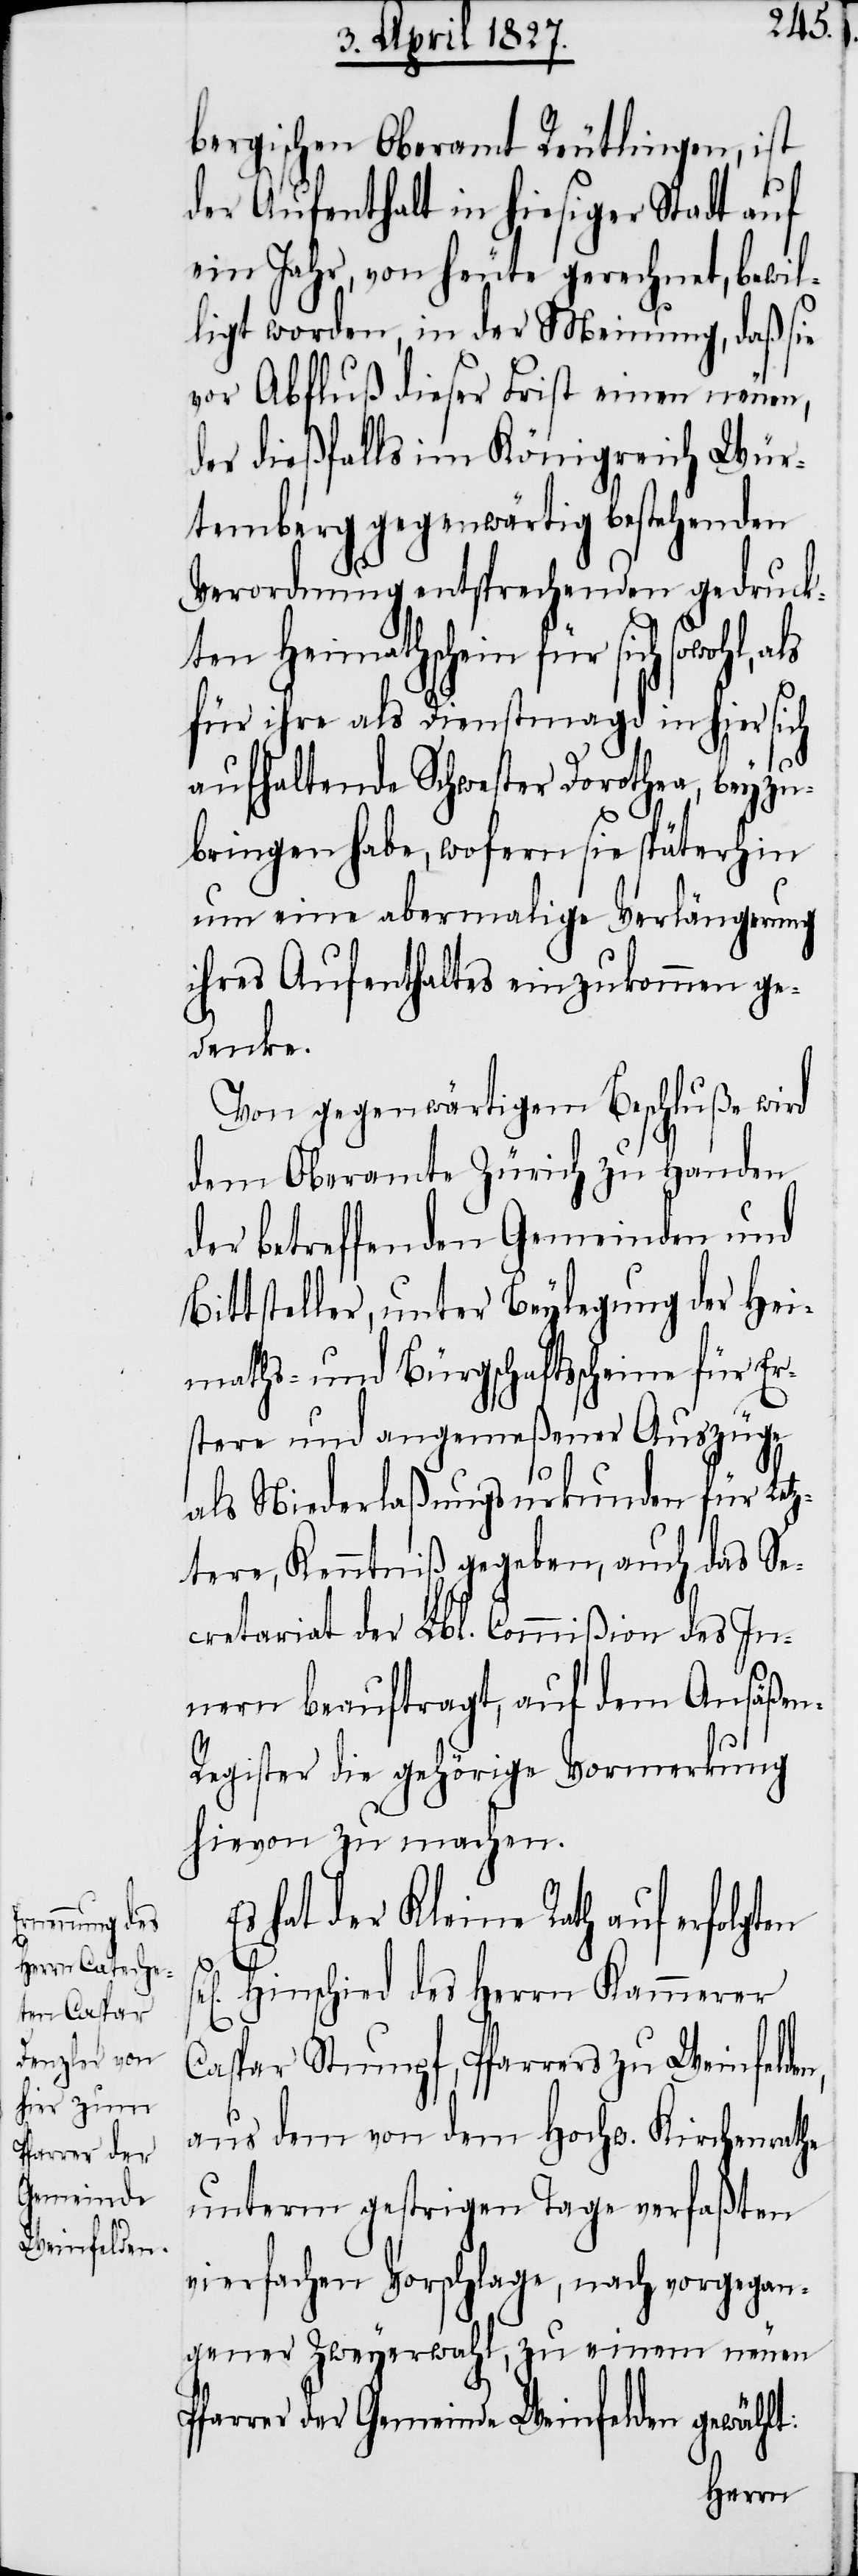
n,
bergischen Oberamt Reutlingen, ist
der Aufenthalt in hiesiger Stadt auf
ein Jahr, von heute gerechnet, bewil¬
ligt worden, in der Meinung, daß sie
vor Abfluß dieser Frist einen neuen,
der dießfalls im Königreich Wür¬
temberg gegenwärtig bestehenden
Verordnung entsprechenden gedruck¬
ten Heimathschein für sich sowohl,
für ihre als Dienstmagd in hier sich
aufhaltende Schwester Dorothea, beyzu¬
bringen habe, wofern sie späterhin
um eine abermalige Verlängerung
ihres Aufenthaltes einzukommen ge¬
denke.
Von gegenwärtigem Beschluße wird
dem Oberamte Zürich zu Handen
der betreffenden Gemeinden und
Bittsteller, unter Beylegung der Hei¬
maths- und Bürgschaftsscheine für Er¬
stere und angemeßener Auszüge
als Niederlaßungsurkunden für Let¬
zere, Kenntniß gegeben, auch das Se¬
cretariat der Lbl. Commißion des In¬
nern beauftragt, auf dem Ansäße¬
n-Register die gehörige Vormerkung
hievon zu machen.
hat der Kleine Rath auf erfolgten
Hinschied des Herrn Kammerer
Caspar Stumpf, Pfarrers zu Weinfelde¬
aus dem von dem Hochw. Kirchenrathe
unterm gestrigen Tage verfaßten
vierfachen Vorschlage, nach vorgegan¬
gener Zweyerwahl, zu einem neuen
Pfarrer der Gemeinde Weinfelden gewählt: